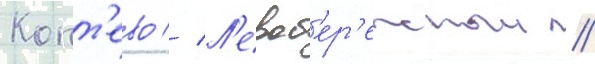
Копт'ево // Л'евоб'ер'ежныи //